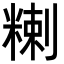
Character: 𥻃